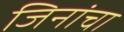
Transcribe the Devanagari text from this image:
जिनांचा